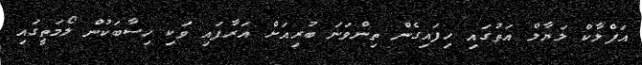
އަފްލާކް ލަޔާލް އަތުގައި ހިފައިގެން ތިންވަނަ ބުރިއަށް އަރާފައި ވަކި ހިސާބަކުން ލޯމަތީގައި